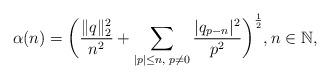
LaTeX: \begin{align*}\alpha(n)=\bigg(\frac{\|q\|_2^2}{n^2} + \sum\limits_{|p|\leq n, \; p\ne 0}\frac{|q_{p-n}|^2}{p^2}\bigg)^\frac{1}{2},n\in\mathbb{N},\end{align*}